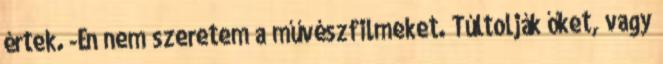
értek. -Én nem szeretem a művészfilmeket. Túltolják őket, vagy